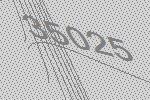
35025